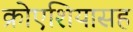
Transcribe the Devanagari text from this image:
क्रोएशियासह